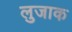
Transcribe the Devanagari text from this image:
लुजाक